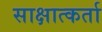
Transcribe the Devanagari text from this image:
साक्षात्कर्ता